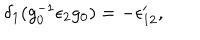
\delta _ { 1 } ( g _ { 0 } ^ { - 1 } \epsilon _ { 2 } g _ { 0 } ) = - \epsilon _ { 1 2 } ^ { \prime } ,